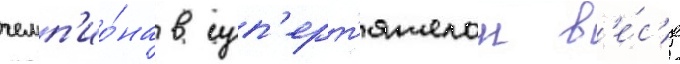
чемп'ио́на в суп'ерт'яжелом в'е́с'е